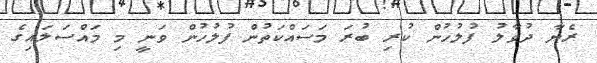
ރެޔާ ދުވާލު ފުލުހުން ކުރި ބުރަ މަސައްކަތުން ފުލުހުން ވަނީ މި މައްސަލައިގެ